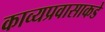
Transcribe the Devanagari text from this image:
काव्यप्रवासाकडे